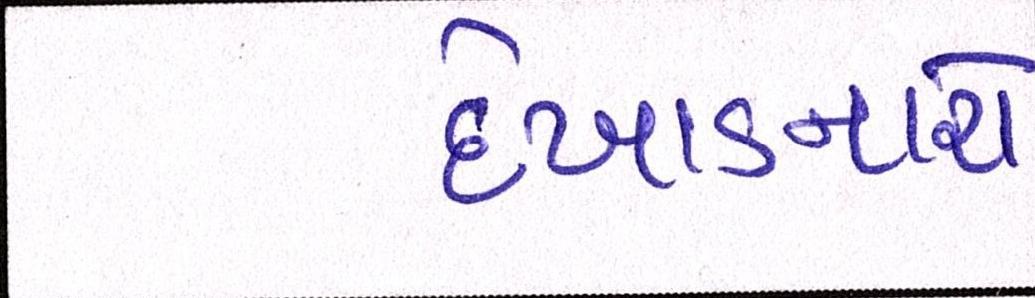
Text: દેખાડનારો